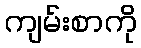
ကျမ်းစာကို